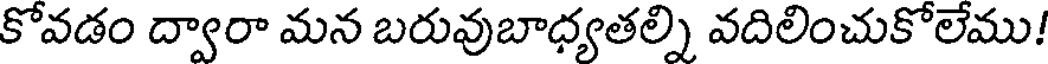
కోవడం ద్వారా మన బరువుబాధ్యతల్ని వదిలించుకోలేము!